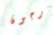
أرجون